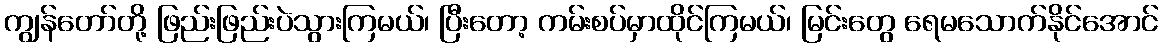
ကျွန်တော်တို့ ဖြည်းဖြည်းပဲသွားကြမယ်၊ ပြီးတော့ ကမ်းစပ်မှာထိုင်ကြမယ်၊ မြင်းတွေ ရေမသောက်နိုင်အောင်